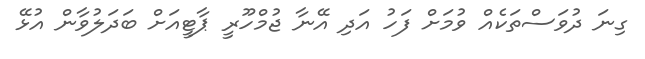
ގިނަ ދުވަސްތަކެއް ވުމަށް ފަހު އަދި އޭނާ ޖުމްހޫރީ ޕާޓީއަށް ބަދަލުވާން އުޅޭ